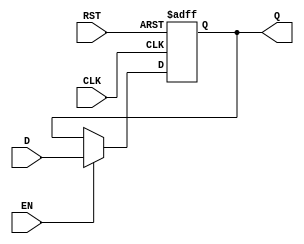
module PipelineBuffer (
    input wire [N-1:0] D,      // Data input
    input wire CLK,             // Clock signal
    input wire EN,              // Enable signal
    input wire RST,             // Asynchronous reset signal
    output reg [N-1:0] Q        // Data output
);
    // Parameter to define the width of the data
    parameter N = 8;            // Default width of the data (8 bits)

    always @(posedge CLK or posedge RST) begin
        if (RST) begin
            Q <= {N{1'b0}};      // Clear output to known state (zero)
        end else if (EN) begin
            Q <= D;              // Capture input data on enable
        end
    end
endmodule